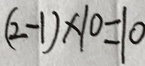
( 2 - 1 ) \times 1 0 = 1 0